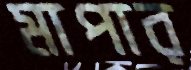
মাপার